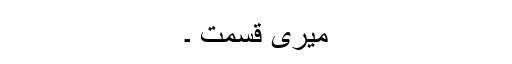
میری قسمت ۔